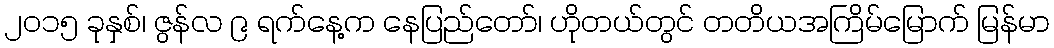
၂၀၁၅ ခုနှစ်၊ ဇွန်လ ၉ ရက်နေ့က နေပြည်တော်၊ ဟိုတယ်တွင် တတိယအကြိမ်မြောက် မြန်မာ